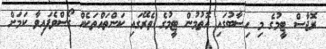
ރޮޖާސް ޓީމުގެ މި ހިސާބުގައި އޮތުމުން ޓީމުގެ ތެރޭގައި ކަންތައްތަކެއް ގޯސްވެފައިވާ ކަމަށް